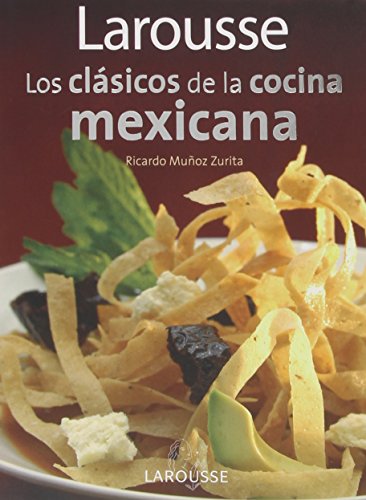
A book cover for Larousse Los clasicos de la cocina mexicana: Larousse Classics of Mexican Cuisine (Spanish Edition); Editors of Larousse (Mexico); Cookbooks, Food & Wine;